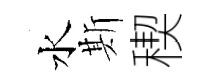
水斯稧